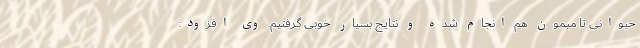
حیوانی تا میمون هم انجام شده و نتایج بسیار خوبی گرفتیم. وی افزود: